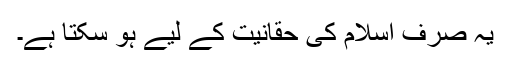
یہ صرف اسلام کی حقانیت کے لیے ہو سکتا ہے۔